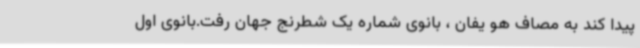
پیدا کند به مصاف هو یفان ، بانوی شماره یک شطرنج جهان رفت.بانوی اول